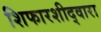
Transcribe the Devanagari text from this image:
शिफारशीद्वारा